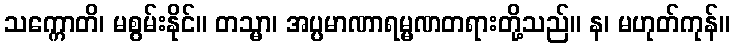
သက္ကောတိ၊ မစွမ်းနိုင်။ တသ္မာ၊ အပ္ပမာဏာရမ္မဏတရားတို့သည်။ န၊ မဟုတ်ကုန်။